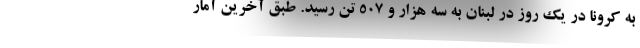
به کرونا در یک روز در لبنان به سه هزار و ۵۰۷ تن رسید. طبق آخرین آمار